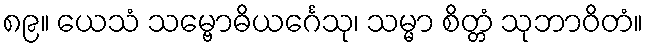
၈၉။ ယေသံ သမ္ဗောဓိယင်္ဂေသု၊ သမ္မာ စိတ္တံ သုဘာဝိတံ။